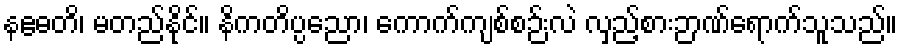
နဧဓတိ၊ မတည်နိုင်။ နိကတိပ္ပညော၊ ကောက်ကျစ်စဉ်းလဲ လှည့်စားဉာဏ်ရောက်သူသည်။